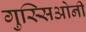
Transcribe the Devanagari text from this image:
गुस्सिओनी